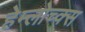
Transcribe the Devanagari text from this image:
हेम्लोच्क्स